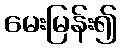
မေးမြန်း၍